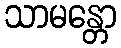
သာမန္တော